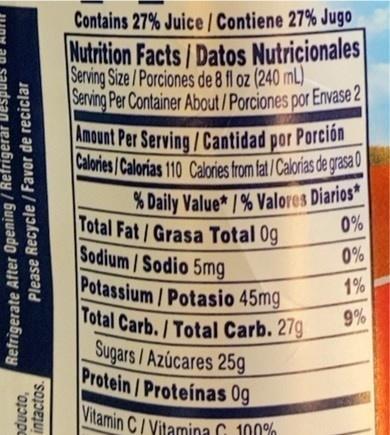
Contains 27% Juice /Contiene 27% Jugo Nutrition Facts/Datos Nutricionales Serving Size /Porciones de 8 fl oz (240 mL) Serving Per Container About /Porciones por Envase 2 Amount Per Serving/Cantidad por Porción Calories /Calorias 110 Calories from fat/Calorias de grasa 0
% Daily Value* /% Valores Diarios* Total Fat/Grasa Total 0g Sodium/Sodio 5mg Potassium/Potasio 45mg Total Carb./Total Carb. 27g Sugars/Azúcares 25g Protein/Proteinas 0g
0%
0%
1%
9%
Vitamin C/ Vitamina C 100%
oducto, intactos.
Refrigerate After Opening / Refrigerär Please Recycle / Favor de reciclar